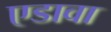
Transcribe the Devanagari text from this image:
एडावा